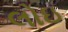
લોઇ